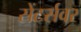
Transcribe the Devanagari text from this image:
सेंटर्सवर